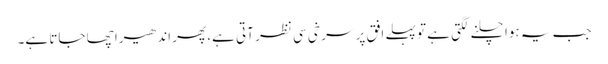
جب یہ ہوا چلنے لگتی ہے تو پہلے افق پر سر خی سی نظر آتی ہے، پھر اندھیرا چھا جاتا ہے۔